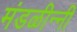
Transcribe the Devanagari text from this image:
मंडळीन्नी